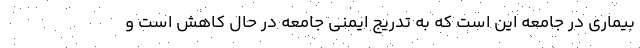
بیماری در جامعه این است که به تدریج ایمنی جامعه در حال کاهش است و